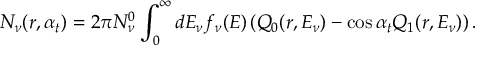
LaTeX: N _ { \nu } ( r , \alpha _ { t } ) = 2 \pi N _ { \nu } ^ { 0 } \int _ { 0 } ^ { \infty } d E _ { \nu } f _ { \nu } ( E ) \left( Q _ { 0 } ( r , E _ { \nu } ) - \cos \alpha _ { t } Q _ { 1 } ( r , E _ { \nu } ) \right) .